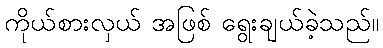
ကိုယ်စားလှယ် အဖြစ် ရွေးချယ်ခဲ့သည်။